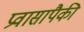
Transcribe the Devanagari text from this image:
प्रवासापैकी